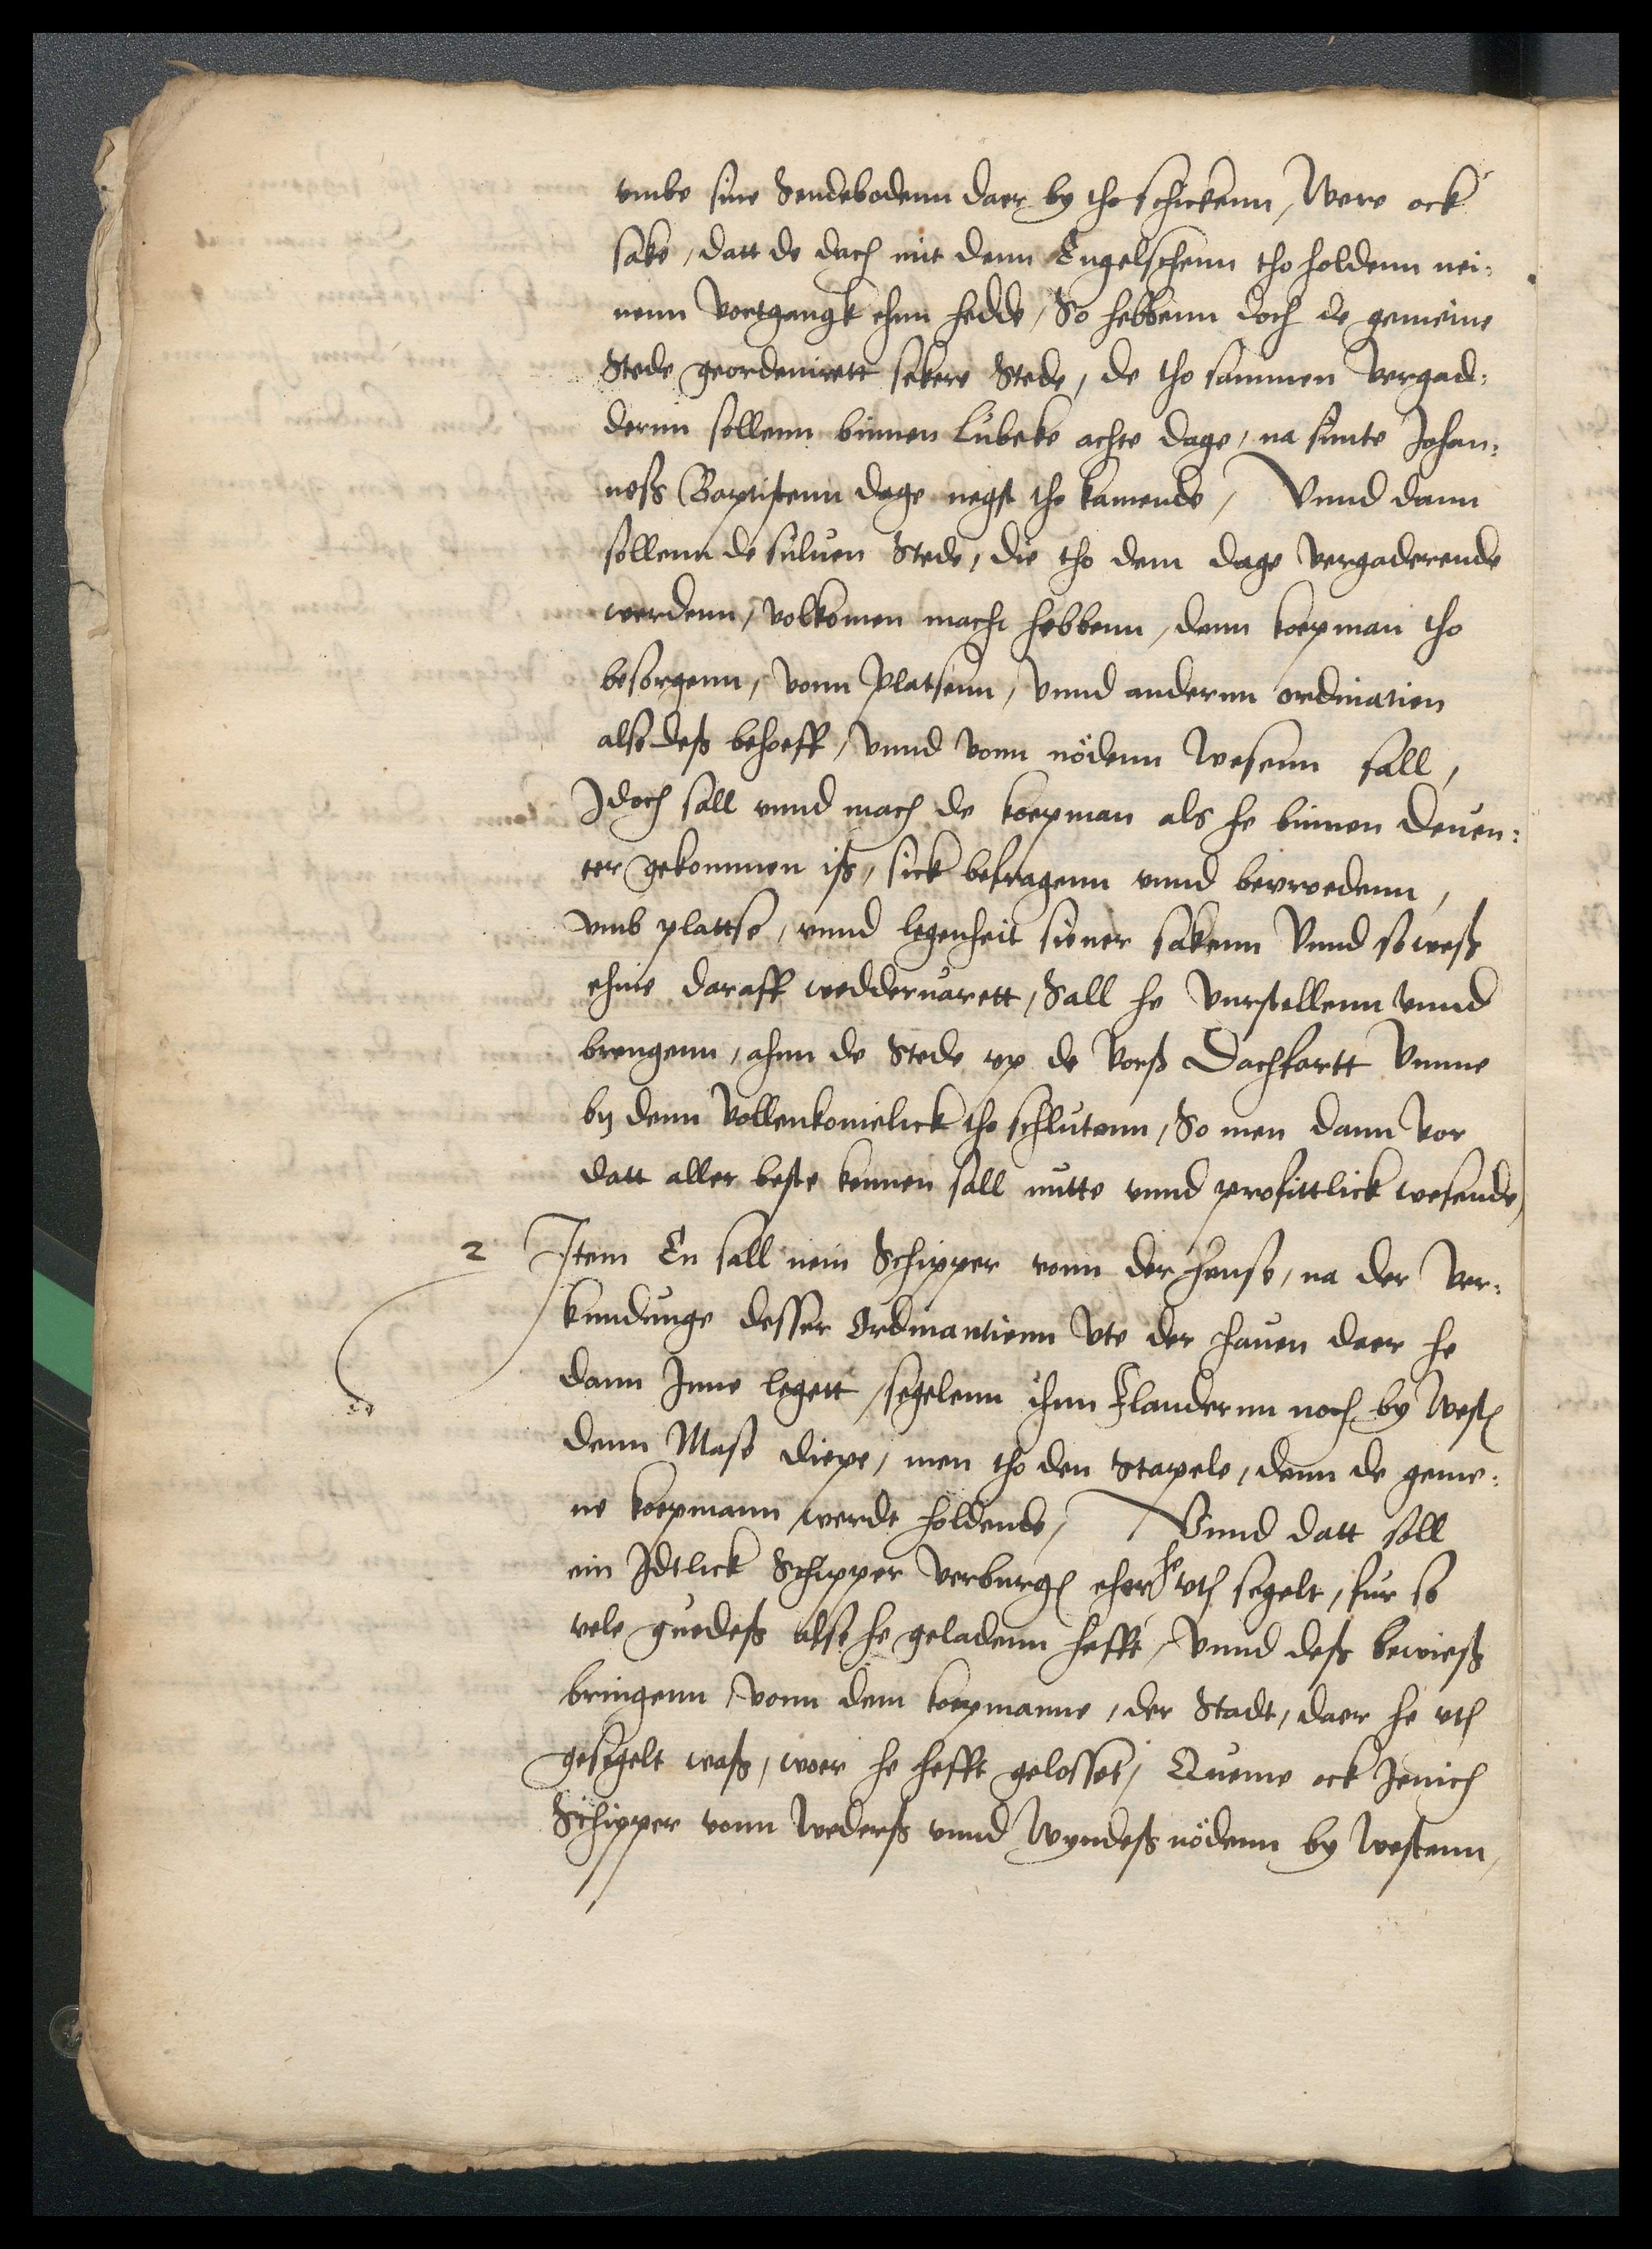
vmbe sine Sendeboden daer by tho schickenn, Were ock
sake, datt de dach mit denn Engelschenn tho holdenn nei¬
nenn vortgangk ehnn hedde, So hebbenn doch de gemeine
Stede geordenirett sekere Stede, de tho sammen vergad¬
dernn sollenn binnen Lubeke achte dage, na sunte Johan¬
neß Baptistenn dage negst tho kamende, Vnnd dann
sollenn de suluen Stede, die tho dem dage vergaderende
werdenn, volkomen macht hebbenn, denn koepman tho
besorgenn, vonn Platsenn, vnnd andernn ordinatien
also deß behoeff, vnnd vonn nödenn wesenn sall,
Jdoch sall vnnd mach de koepman als he binnen Deuen¬
ter gekommen iß, sick befragenn vnnd bevroedenn,
vmb plattse, vnnd legenheit siener sakenn Vnnd so weß
ehme daraff wedderuarett, Sall he vurstellenn vnnd
brengenn, ahnn de Stede vp de vorscreuen Dachfartt vmme
by denn vollenkomelick tho schlutenn, So men dann vor
datt aller beste kennen sall mitte vnnd profittlick wesende,

2 Item En sall nein Schipper vonn der hense, na der ver¬
kundinge desser Ordinantienn vte der hauen daer he
dann Inne leget,, segelenn ihnn Flandernn noch by westen
denn Mase diepe, men tho den Stapele, denn de geme¬
ne koepmann werdt holdende, Vnnd datt soll
ein Jdtlick Schipper verburgen eher he vth segelt, fur so
vele guedeß alse he geladenn hefft, vnnd deß bewieß
bringenn, vonn dem koepmanne, der Stadt, daer he vth
gesegelt waß, woer he hefft gelosset, Queme ock Jenich
Schipper vonn wederß vnnd wyndeß nödenn by westenn,